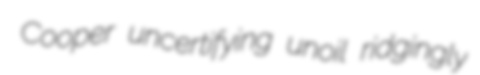
Cooper uncertifying unoil ridgingly